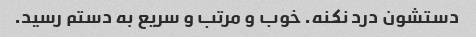
دستشون درد نکنه. خوب و مرتب و سریع به دستم رسید.